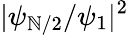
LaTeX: |\psi_{\mathbb{N}/2}/\psi_{1}|^{2}